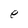
Character: e